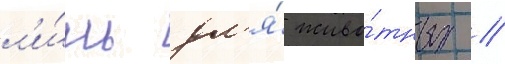
л'и́шь дл'я́ живо́тных //